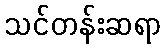
သင်တန်းဆရာ